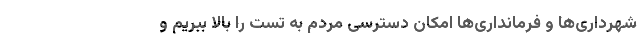
شهرداری‌ها و فرمانداری‌ها امکان دسترسی مردم به تست را بالا ببریم و